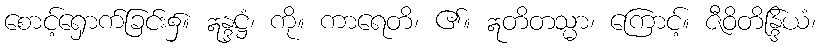
စောင့်ရှောက်ခြင်း၌။ ဣန္ဒဋ္ဌံ၊ ကို။ ကာရေတိ၊ ၏။ ဣတိတသ္မာ၊ ကြောင့်။ ဇီဝိတိန္ဒြိယံ၊